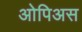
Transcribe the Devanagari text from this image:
ओपिअस